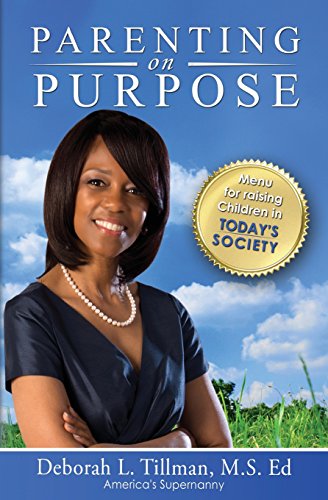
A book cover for Parenting on Purpose: Menu for Raising Children in Today's Society; Deborah Tillman; Parenting & Relationships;